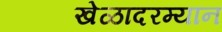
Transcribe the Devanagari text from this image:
खेळादरम्यान